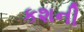
કશની